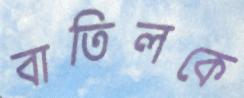
বাতিলকে